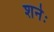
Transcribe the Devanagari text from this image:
शनेः